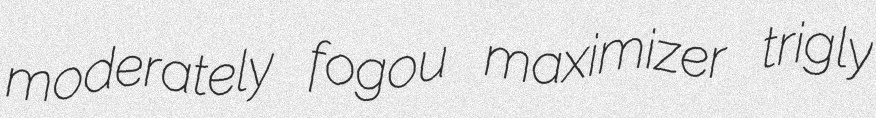
moderately fogou maximizer trigly